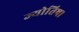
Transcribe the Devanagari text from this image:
ज्‍योतिष।